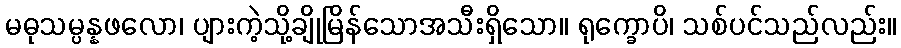
မဓုသမ္ပန္နဖလော၊ ပျားကဲ့သို့ချိုမြိန်သောအသီးရှိသော။ ရုက္ခောပိ၊ သစ်ပင်သည်လည်း။